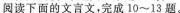
阅读下面的文言文，完成10~13题